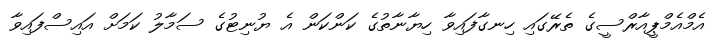
އެމްއެމްޕީއާރްސީގެ ތެރޭގައި ހިނގާފައިވާ ހިޔާނާތުގެ ކަންކަން އެ ޔުނިޓުގެ ސަމާލު ކަމަށް އައިސްފައިވާ